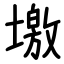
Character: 墽